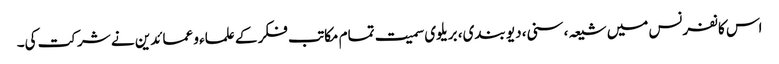
اس کانفرنس میں شیعہ، سنی، دیو بندی، بریلوی سمیت تمام مکاتب فکر کے علماء و عمائدین نے شرکت کی۔